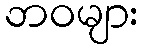
ဘဝများ